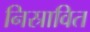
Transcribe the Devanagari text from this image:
निस्रावित